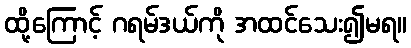
ထို့ကြောင့် ဂရမ်ဒယ်ကို အထင်သေး၍မရ။